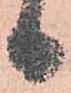
日